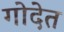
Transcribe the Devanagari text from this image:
गोदेत